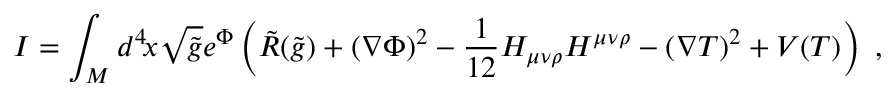
I = \int _ { \cal { M } } d ^ { 4 } \! x \sqrt { \tilde { g } } e ^ { \Phi } \left( \tilde { R } ( \tilde { g } ) + \left( \nabla \Phi \right) ^ { 2 } - { \frac { 1 } { 1 2 } } H _ { \mu \nu \rho } H ^ { \mu \nu \rho } - \left( \nabla T \right) ^ { 2 } + V ( T ) \right) \ ,